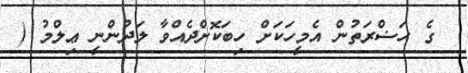
ގެ ޙަޟްރަތުން އެމީހަކަށް ހިބަކޮށްދެއްވާ ލަދުންނީ ޢިލްމު (